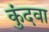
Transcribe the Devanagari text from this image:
कुंदवा